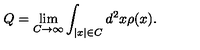
Q = \lim _ { C \to \infty } \int _ { | x | \in C } d ^ { 2 } x \rho ( x ) .